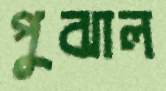
পুঝাল